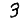
Digit: 3